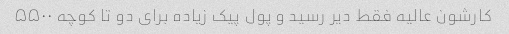
کارشون عالیه فقط دیر رسید و پول پیک زیاده برای دو تا کوچه ۵۵۰۰